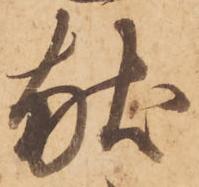
献